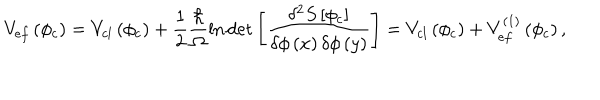
V _ { e f } \left( \phi _ { c } \right) = V _ { c l } \left( \phi _ { c } \right) + \frac { 1 } { 2 } \frac { \hbar } { \Omega } \ln \det \left[ \frac { \delta ^ { 2 } S \left[ \phi _ { c } \right] } { \delta \phi \left( x \right) \delta \phi \left( y \right) } \right] = V _ { c l } \left( \phi _ { c } \right) + V _ { e f } ^ { \left( 1 \right) } \left( \phi _ { c } \right) ,